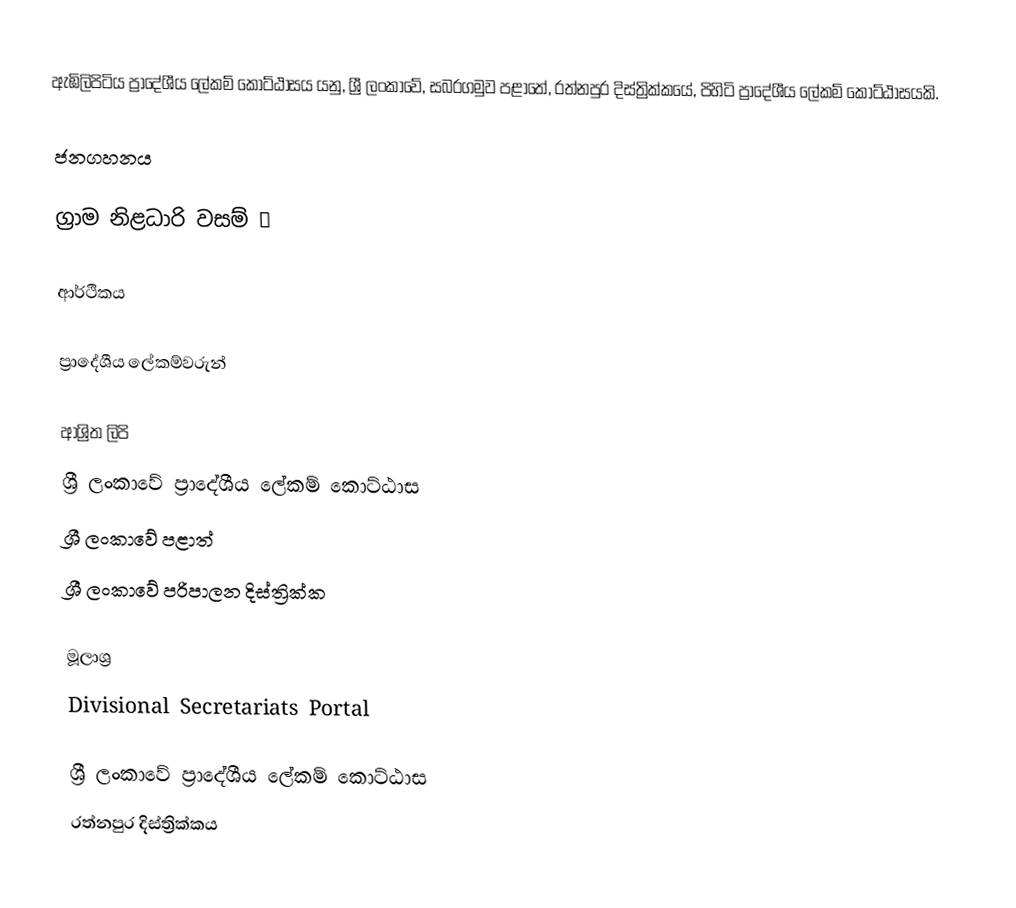
ඇඹිලිපිටිය ප්‍රාදේශීය ලේකම් කොට්ඨාසය යනු,  ශ්‍රී ලංකාවේ, සබරගමුව පළාතේ,   රත්නපුර දිස්ත්‍රික්කයේ, පිහිටි ප්‍රාදේශීය ලේකම් කොට්ඨාසයකි.

ජනගහනය

ග්‍රාම නිළධාරි වසම් 😔

ආර්ථිකය

ප්‍රාදේශීය ලේකම්වරුන්

ආශ්‍රිත ලිපි
ශ්‍රී ලංකාවේ ප්‍රාදේශීය ලේකම් කොට්ඨාස
ශ්‍රී ලංකාවේ පළාත්
ශ්‍රී ලංකාවේ පරිපාලන දිස්ත්‍රික්ක

මූලාශ්‍ර
 Divisional Secretariats Portal

ශ්‍රී ලංකාවේ ප්‍රාදේශීය ලේකම් කොට්ඨාස
රත්නපුර  දිස්ත්‍රික්කය